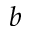
b